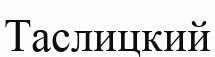
Таслицкий